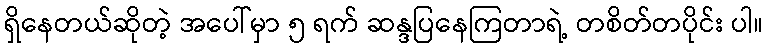
ရှိနေတယ်ဆိုတဲ့ အပေါ်မှာ ၅ ရက် ဆန္ဒပြနေကြတာရဲ့ တစိတ်တပိုင်း ပါ။